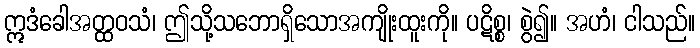
ဣဒံခေါအတ္ထဝသံ၊ ဤသို့သဘောရှိသောအကျိုးထူးကို။ ပဋိစ္စ၊ စွဲ၍။ အဟံ၊ ငါသည်။